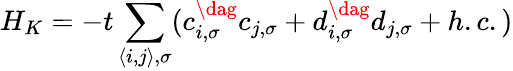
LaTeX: H_{K}=-t\sum_{\langle i,j\rangle,\sigma}(c_{i,\sigma}^{\dag}c_{j,\sigma}+d_{i,\sigma}^{\dag}d_{j,\sigma}+h.c.)